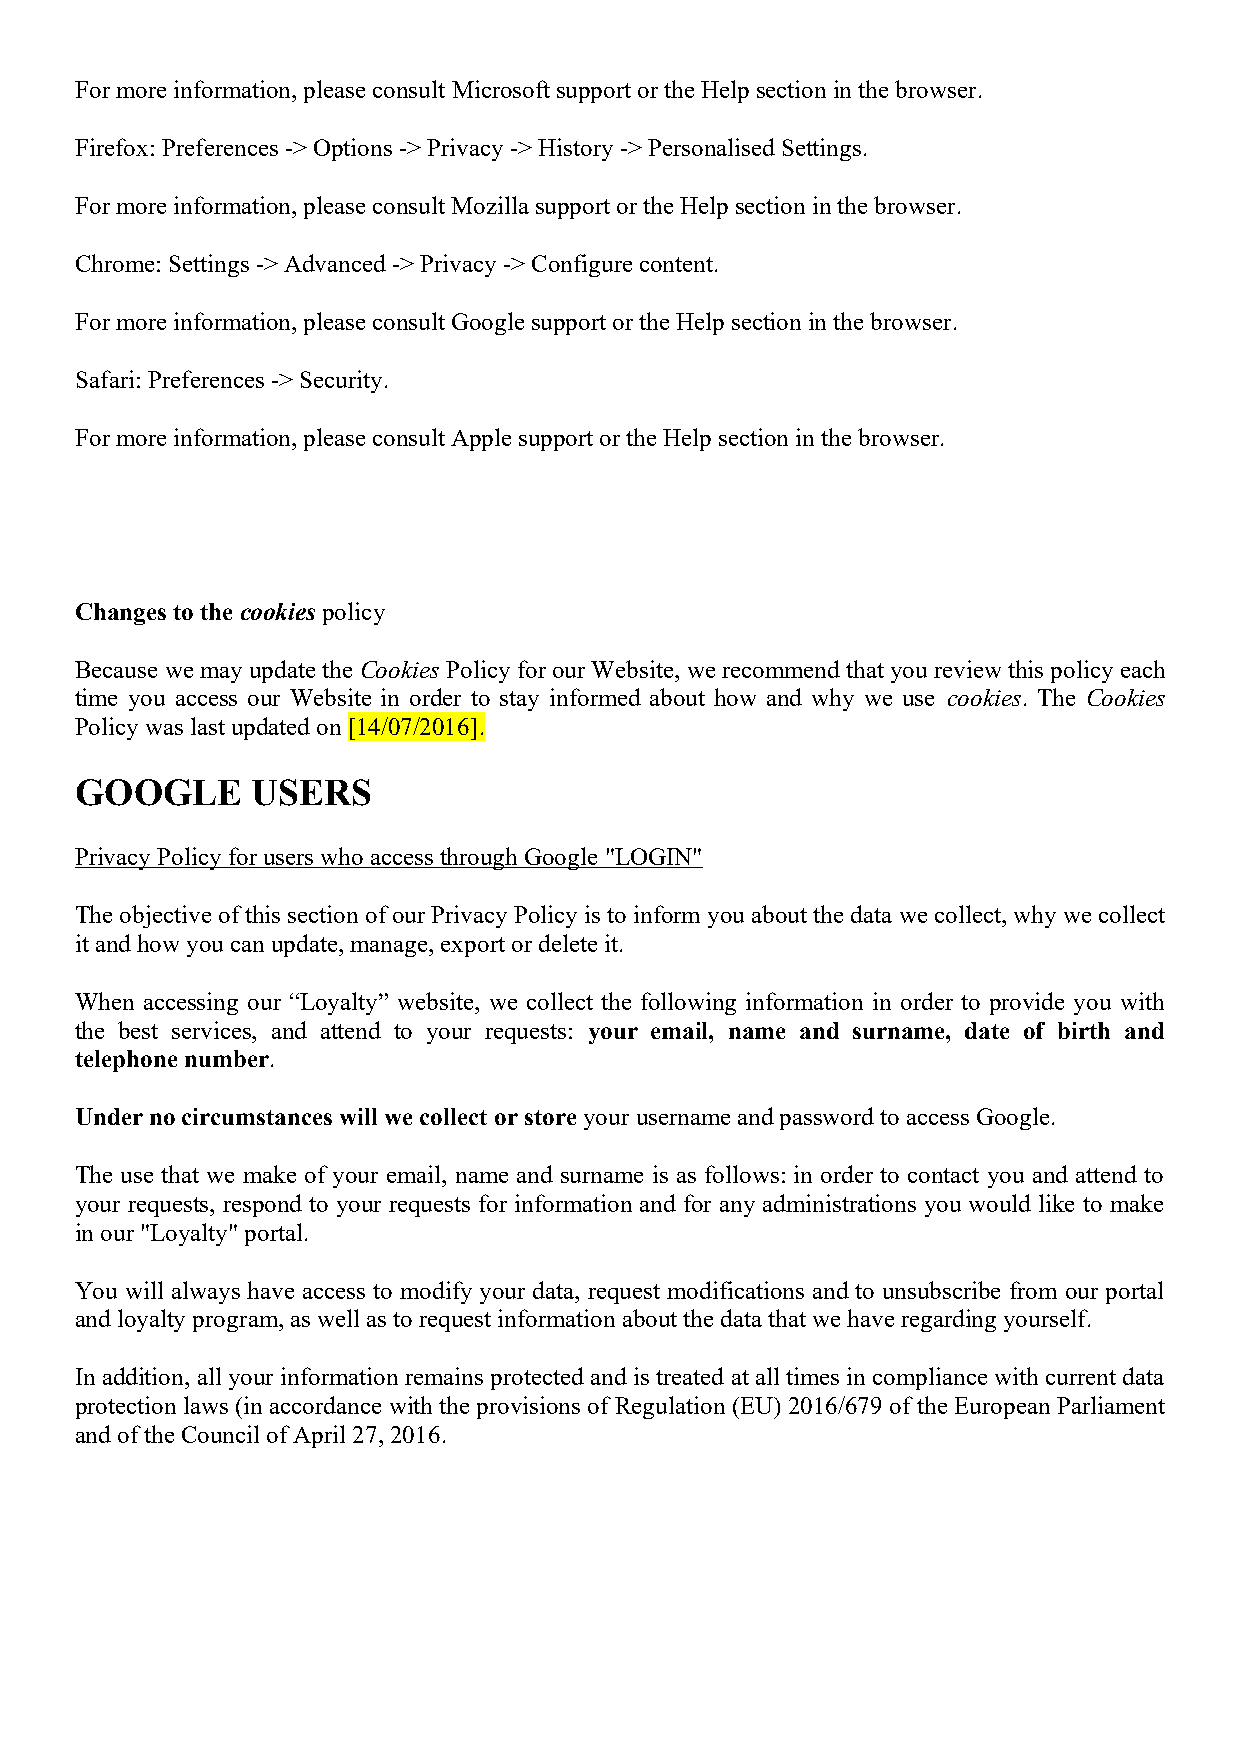
For more information, please consult Microsoft support or the Help section in the browser.
 Firefox: Preferences -> Options -> Privacy -> History -> Personalised Settings.
 For more information, please consult Mozilla support or the Help section in the browser.
 Chrome: Settings -> Advanced -> Privacy -> Configure content.
 For more information, please consult Google support or the Help section in the browser.
 Safari: Preferences -> Security.
 For more information, please consult Apple support or the Help section in the browser.
 Changes to the cookies policy
 Because we may update the Cookies Policy for our Website, we recommend that you review this policy each
 time you access our Website in order to stay informed about how and why we use cookies. The Cookies
 Policy was last updated on [14/07/2016].
 GOOGLE      USERS
 Privacy Policy for users who access through Google "LOGIN"
 The objective of this section of our Privacy Policy is to inform you about the data we collect, why we collect
 it and how you can update, manage, export or delete it.
 When accessing our “Loyalty” website, we collect the following information in order to provide you with
 the best services, and attend to your requests: your email, name and surname, date of birth and
 telephone number.
 Under no circumstances will we collect or store your username and password to access Google.
 The use that we make of your email, name and surname is as follows: in order to contact you and attend to
 your requests, respond to your requests for information and for any administrations you would like to make
 in our "Loyalty" portal.
 You will always have access to modify your data, request modifications and to unsubscribe from our portal
 and loyalty program, as well as to request information about the data that we have regarding yourself.
 In addition, all your information remains protected and is treated at all times in compliance with current data
 protection laws (in accordance with the provisions of Regulation (EU) 2016/679 of the European Parliament
 and of the Council of April 27, 2016.